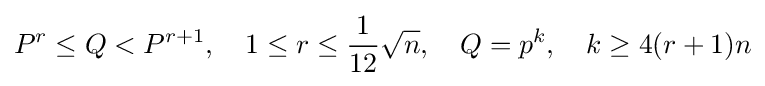
P^{r}\leq Q<P^{r+1},\quad 1\leq r\leq {\frac {1}{12}}{\sqrt {n}},\quad Q=p^{k},\quad k\geq 4(r+1)n